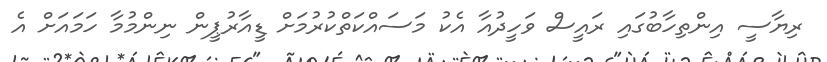
ރިޔާސީ އިންތިހާބުގައި ރައީސް ވަހީދުއާ އެކު މަސައްކަތްކުރުމަށް ޑީއާރުޕީން ނިންމުމާ ހަމައަށް އެ